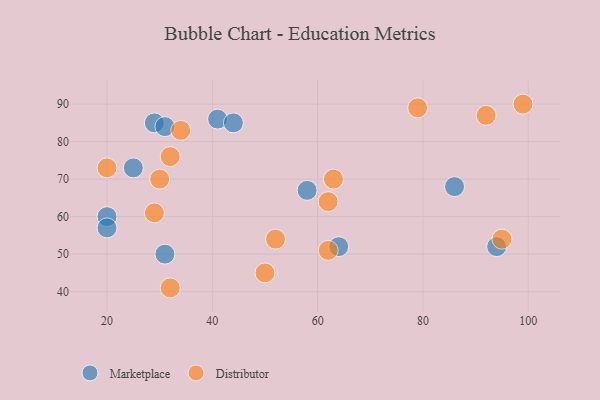
{"axis": {"x": "GDP", "y": "Life Expectancy"}, "legend": ["Distributor", "Marketplace"], "data": [{"x": "58", "y": 67, "type": "Marketplace"}, {"x": "31", "y": 50, "type": "Marketplace"}, {"x": "64", "y": 52, "type": "Marketplace"}, {"x": "29", "y": 85, "type": "Marketplace"}, {"x": "31", "y": 84, "type": "Marketplace"}, {"x": "41", "y": 86, "type": "Marketplace"}, {"x": "25", "y": 73, "type": "Marketplace"}, {"x": "20", "y": 60, "type": "Marketplace"}, {"x": "20", "y": 57, "type": "Marketplace"}, {"x": "86", "y": 68, "type": "Marketplace"}, {"x": "94", "y": 52, "type": "Marketplace"}, {"x": "44", "y": 85, "type": "Marketplace"}, {"x": "79", "y": 89, "type": "Distributor"}, {"x": "99", "y": 90, "type": "Distributor"}, {"x": "62", "y": 51, "type": "Distributor"}, {"x": "30", "y": 70, "type": "Distributor"}, {"x": "32", "y": 41, "type": "Distributor"}, {"x": "34", "y": 83, "type": "Distributor"}, {"x": "20", "y": 73, "type": "Distributor"}, {"x": "92", "y": 87, "type": "Distributor"}, {"x": "29", "y": 61, "type": "Distributor"}, {"x": "62", "y": 64, "type": "Distributor"}, {"x": "52", "y": 54, "type": "Distributor"}, {"x": "95", "y": 54, "type": "Distributor"}, {"x": "63", "y": 70, "type": "Distributor"}, {"x": "32", "y": 76, "type": "Distributor"}, {"x": "50", "y": 45, "type": "Distributor"}]}